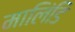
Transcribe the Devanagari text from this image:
मालिंडि